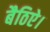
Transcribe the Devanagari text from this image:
बैठिऐ।